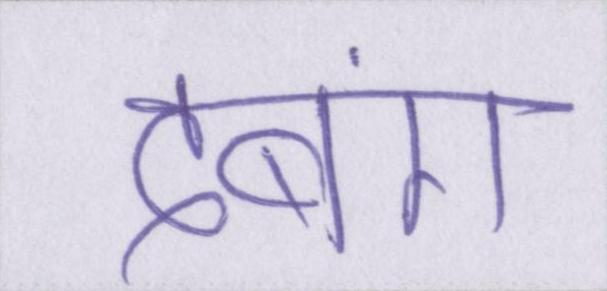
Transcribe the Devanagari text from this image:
दबंग